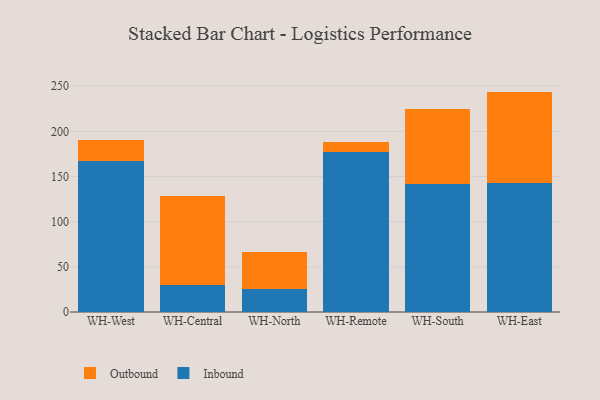
{"axis": {"x": "Warehouse", "y": "Churn Rate (%)"}, "legend": ["Inbound", "Outbound"], "data": [{"x": "WH-West", "y": 166.9, "type": "Inbound"}, {"x": "WH-West", "y": 23.7, "type": "Outbound"}, {"x": "WH-Central", "y": 30.2, "type": "Inbound"}, {"x": "WH-Central", "y": 98.3, "type": "Outbound"}, {"x": "WH-North", "y": 25.7, "type": "Inbound"}, {"x": "WH-North", "y": 41.1, "type": "Outbound"}, {"x": "WH-Remote", "y": 177.5, "type": "Inbound"}, {"x": "WH-Remote", "y": 10.9, "type": "Outbound"}, {"x": "WH-South", "y": 141.4, "type": "Inbound"}, {"x": "WH-South", "y": 83.7, "type": "Outbound"}, {"x": "WH-East", "y": 142.8, "type": "Inbound"}, {"x": "WH-East", "y": 101.2, "type": "Outbound"}]}